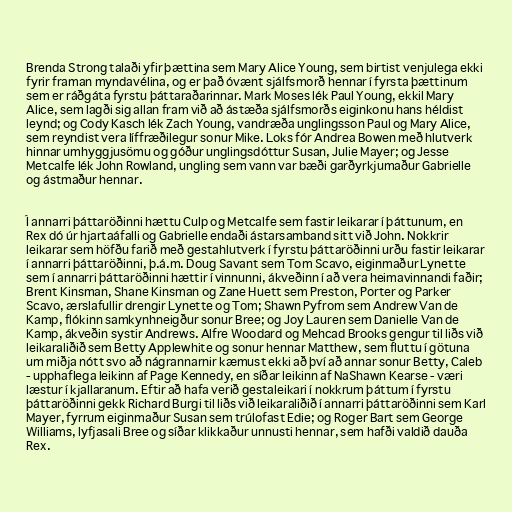
Brenda Strong talaði yfir þættina sem Mary Alice Young, sem birtist venjulega ekki
fyrir framan myndavélina, og er það óvænt sjálfsmorð hennar í fyrsta þættinum
sem er ráðgáta fyrstu þáttaraðarinnar. Mark Moses lék Paul Young, ekkil Mary
Alice, sem lagði sig allan fram við að ástæða sjálfsmorðs eiginkonu hans héldist
leynd; og Cody Kasch lék Zach Young, vandræða unglingsson Paul og Mary Alice,
sem reyndist vera líffræðilegur sonur Mike. Loks fór Andrea Bowen með hlutverk
hinnar umhyggjusömu og góður unglingsdóttur Susan, Julie Mayer; og Jesse
Metcalfe lék John Rowland, ungling sem vann var bæði garðyrkjumaður Gabrielle
og ástmaður hennar.

Í annarri þáttaröðinni hættu Culp og Metcalfe sem fastir leikarar í þáttunum, en
Rex dó úr hjartaáfalli og Gabrielle endaði ástarsamband sitt við John. Nokkrir
leikarar sem höfðu farið með gestahlutverk í fyrstu þáttaröðinni urðu fastir leikarar
í annarri þáttaröðinni, þ.á.m. Doug Savant sem Tom Scavo, eiginmaður Lynette
sem í annarri þáttaröðinni hættir í vinnunni, ákveðinn í að vera heimavinnandi faðir;
Brent Kinsman, Shane Kinsman og Zane Huett sem Preston, Porter og Parker
Scavo, ærslafullir drengir Lynette og Tom; Shawn Pyfrom sem Andrew Van de
Kamp, flókinn samkynhneigður sonur Bree; og Joy Lauren sem Danielle Van de
Kamp, ákveðin systir Andrews. Alfre Woodard og Mehcad Brooks gengur til liðs við
leikaraliðið sem Betty Applewhite og sonur hennar Matthew, sem fluttu í götuna
um miðja nótt svo að nágrannarnir kæmust ekki að því að annar sonur Betty, Caleb
- upphaflega leikinn af Page Kennedy, en síðar leikinn af NaShawn Kearse - væri
læstur í kjallaranum. Eftir að hafa verið gestaleikari í nokkrum þáttum í fyrstu
þáttaröðinni gekk Richard Burgi til liðs við leikaraliðið í annarri þáttaröðinni sem Karl
Mayer, fyrrum eiginmaður Susan sem trúlofast Edie; og Roger Bart sem George
Williams, lyfjasali Bree og síðar klikkaður unnusti hennar, sem hafði valdið dauða
Rex.